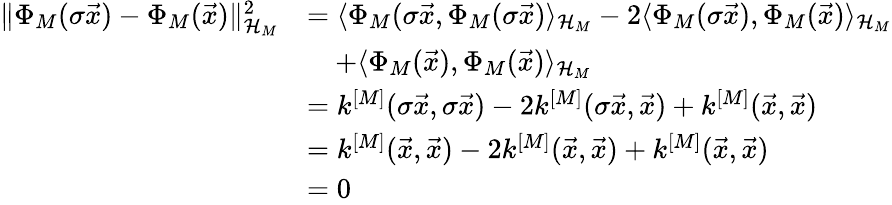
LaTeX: \begin{array}{rl}{\| \Phi_{M}(\sigma\vec{x})-\Phi_{M}(\vec{x})\| _{\mathcal{H}_{M}}^{2}}&{=\langle\Phi_{M}(\sigma\vec{x},\Phi_{M}(\sigma\vec{x})\rangle_{\mathcal{H}_{M}}-2\langle\Phi_{M}(\sigma\vec{x}),\Phi_{M}(\vec{x})\rangle_{\mathcal{H}_{M}}}\\ &{\quad+\langle\Phi_{M}(\vec{x}),\Phi_{M}(\vec{x})\rangle_{\mathcal{H}_{M}}}\\ &{=k^{[M]}(\sigma\vec{x},\sigma\vec{x})-2k^{[M]}(\sigma\vec{x},\vec{x})+k^{[M]}(\vec{x},\vec{x})}\\ &{=k^{[M]}(\vec{x},\vec{x})-2k^{[M]}(\vec{x},\vec{x})+k^{[M]}(\vec{x},\vec{x})}\\ &{=0}\end{array}